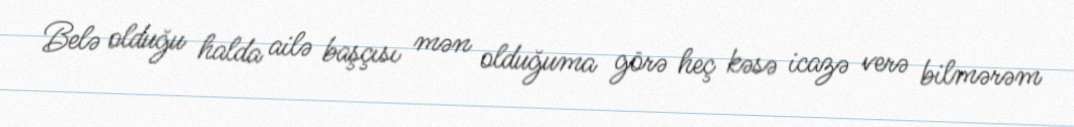
Belə olduğu halda ailə başçısı mən olduğuma görə heç kəsə icazə verə bilmərəm